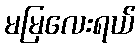
မမြလေးရယ်